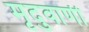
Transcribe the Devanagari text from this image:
मृदुवाणी